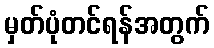
မှတ်ပုံတင်ရန်အတွက်